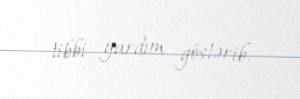
tibbi yardım göstərib.